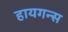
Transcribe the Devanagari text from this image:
हायगन्स